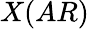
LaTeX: X(AR)